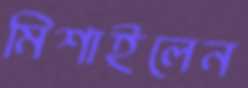
মিশাইলেন